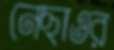
নেছাওর